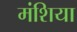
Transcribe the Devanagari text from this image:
मंशिया